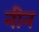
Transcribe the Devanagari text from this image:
नीन